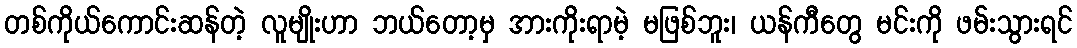
တစ်ကိုယ်ကောင်းဆန်တဲ့ လူမျိုးဟာ ဘယ်တော့မှ အားကိုးရာမဲ့ မဖြစ်ဘူး၊ ယန်ကီတွေ မင်းကို ဖမ်းသွားရင်